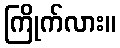
ကြိုက်လား။